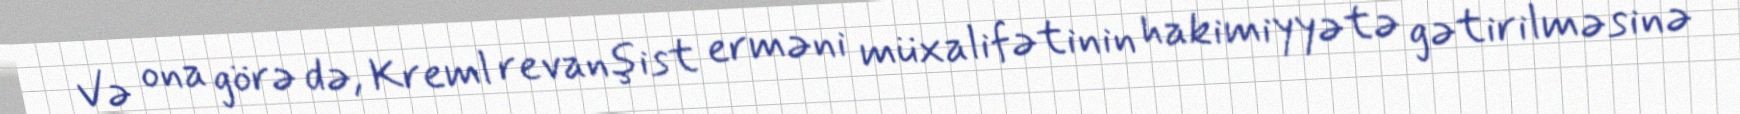
Və ona görə də, Kreml revanşist erməni müxalifətinin hakimiyyətə gətirilməsinə